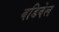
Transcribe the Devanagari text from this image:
वडिवेल